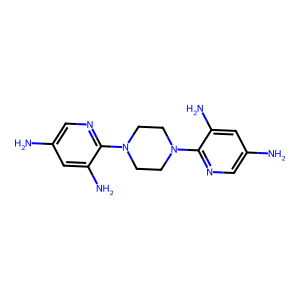
SMILES: Nc1cnc(N2CCN(c3ncc(N)cc3N)CC2)c(N)c1
Inhibits HIV replication: No